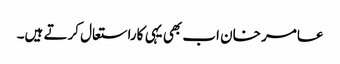
عامر خان اب بھی یہی کاراستعال کرتے ہیں۔